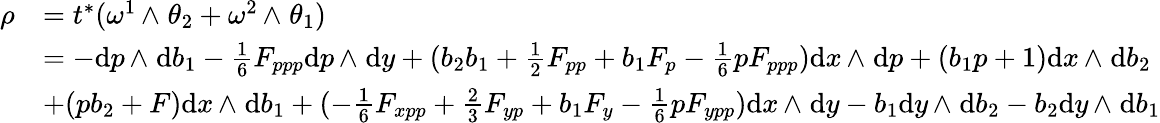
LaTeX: \begin{array}{rl}{\rho}&{=t^{*}(\omega^{1}{\, {\wedge}\; }\theta_{2}+\omega^{2}{\, {\wedge}\; }\theta_{1})}\\ &{=-\mathrm{d}p{\, {\wedge}\; }\mathrm{d}b_{1}-\frac 16F_{ppp}\mathrm{d}p{\, {\wedge}\; }\mathrm{d}y+(b_{2}b_{1}+\textstyle{\frac 12}F_{pp}+b_{1}F_{p}-\frac 16pF_{ppp})\mathrm{d}x{\, {\wedge}\; }\mathrm{d}p+(b_{1}p+1)\mathrm{d}x{\, {\wedge}\; }\mathrm{d}b_{2}}\\ &{+(pb_{2}+F)\mathrm{d}x{\, {\wedge}\; }\mathrm{d}b_{1}+(-\frac 16F_{xpp}+\frac 23F_{yp}+b_{1}F_{y}-\frac 16pF_{ypp})\mathrm{d}x{\, {\wedge}\; }\mathrm{d}y-b_{1}\mathrm{d}y{\, {\wedge}\; }\mathrm{d}b_{2}-b_{2}\mathrm{d}y{\, {\wedge}\; }\mathrm{d}b_{1}}\end{array}